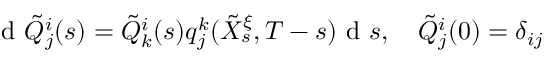
\textrm { d } \tilde { Q } _ { j } ^ { i } ( s ) = \tilde { Q } _ { k } ^ { i } ( s ) q _ { j } ^ { k } ( \tilde { X } _ { s } ^ { \xi } , T - s ) \textrm { d } s , \quad \tilde { Q } _ { j } ^ { i } ( 0 ) = \delta _ { i j }